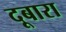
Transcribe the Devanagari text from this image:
दूबारा